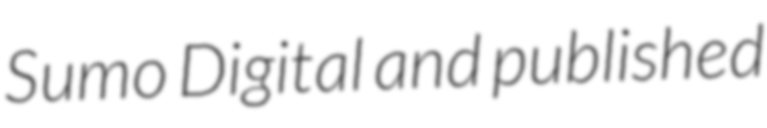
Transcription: Sumo Digital and published